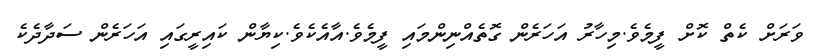
ވަރަށް ކެތް ކޮށް ފީމެވެ.މިހާރު އަހަރެން ގޮތެއްނިންމައި ފީމެވެ.އާއެކެވެ.ކިޔާން ކައިރީގައި އަހަރެން ސަދާދެކެ